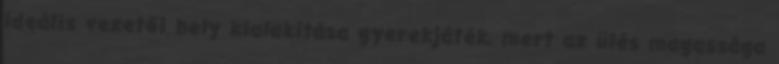
ideális vezetői hely kialakítása gyerekjáték, mert az ülés magassága